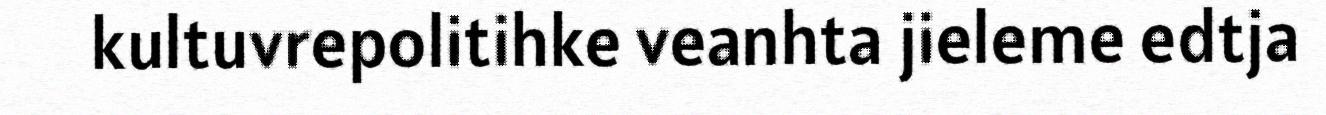
kultuvrepolitihke veanhta jieleme edtja